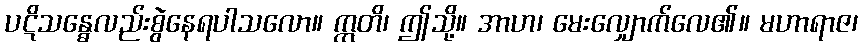
ပဋိသန္ဓေလည်းစွဲနေရပါသလော။ ဣတိ၊ ဤသို့။ အာဟ၊ မေးလျှောက်လေ၏။ မဟာရာဇ၊